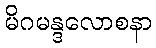
မိဂမန္ဒလောစနာ